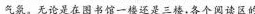
气氛。无论是在图书馆一楼还是三楼，各个阅读区的